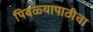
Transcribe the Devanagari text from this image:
पिवळ्यापाठीचा